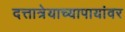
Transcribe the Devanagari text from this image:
दत्तात्रेयाच्यापायांवर